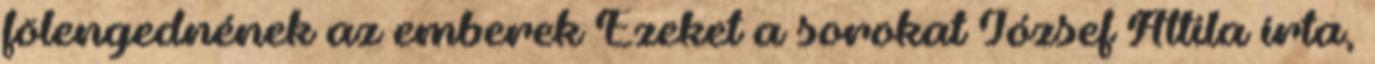
fölengednének az emberek Ezeket a sorokat József Attila írta,